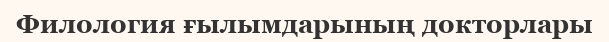
Филология ғылымдарының докторлары